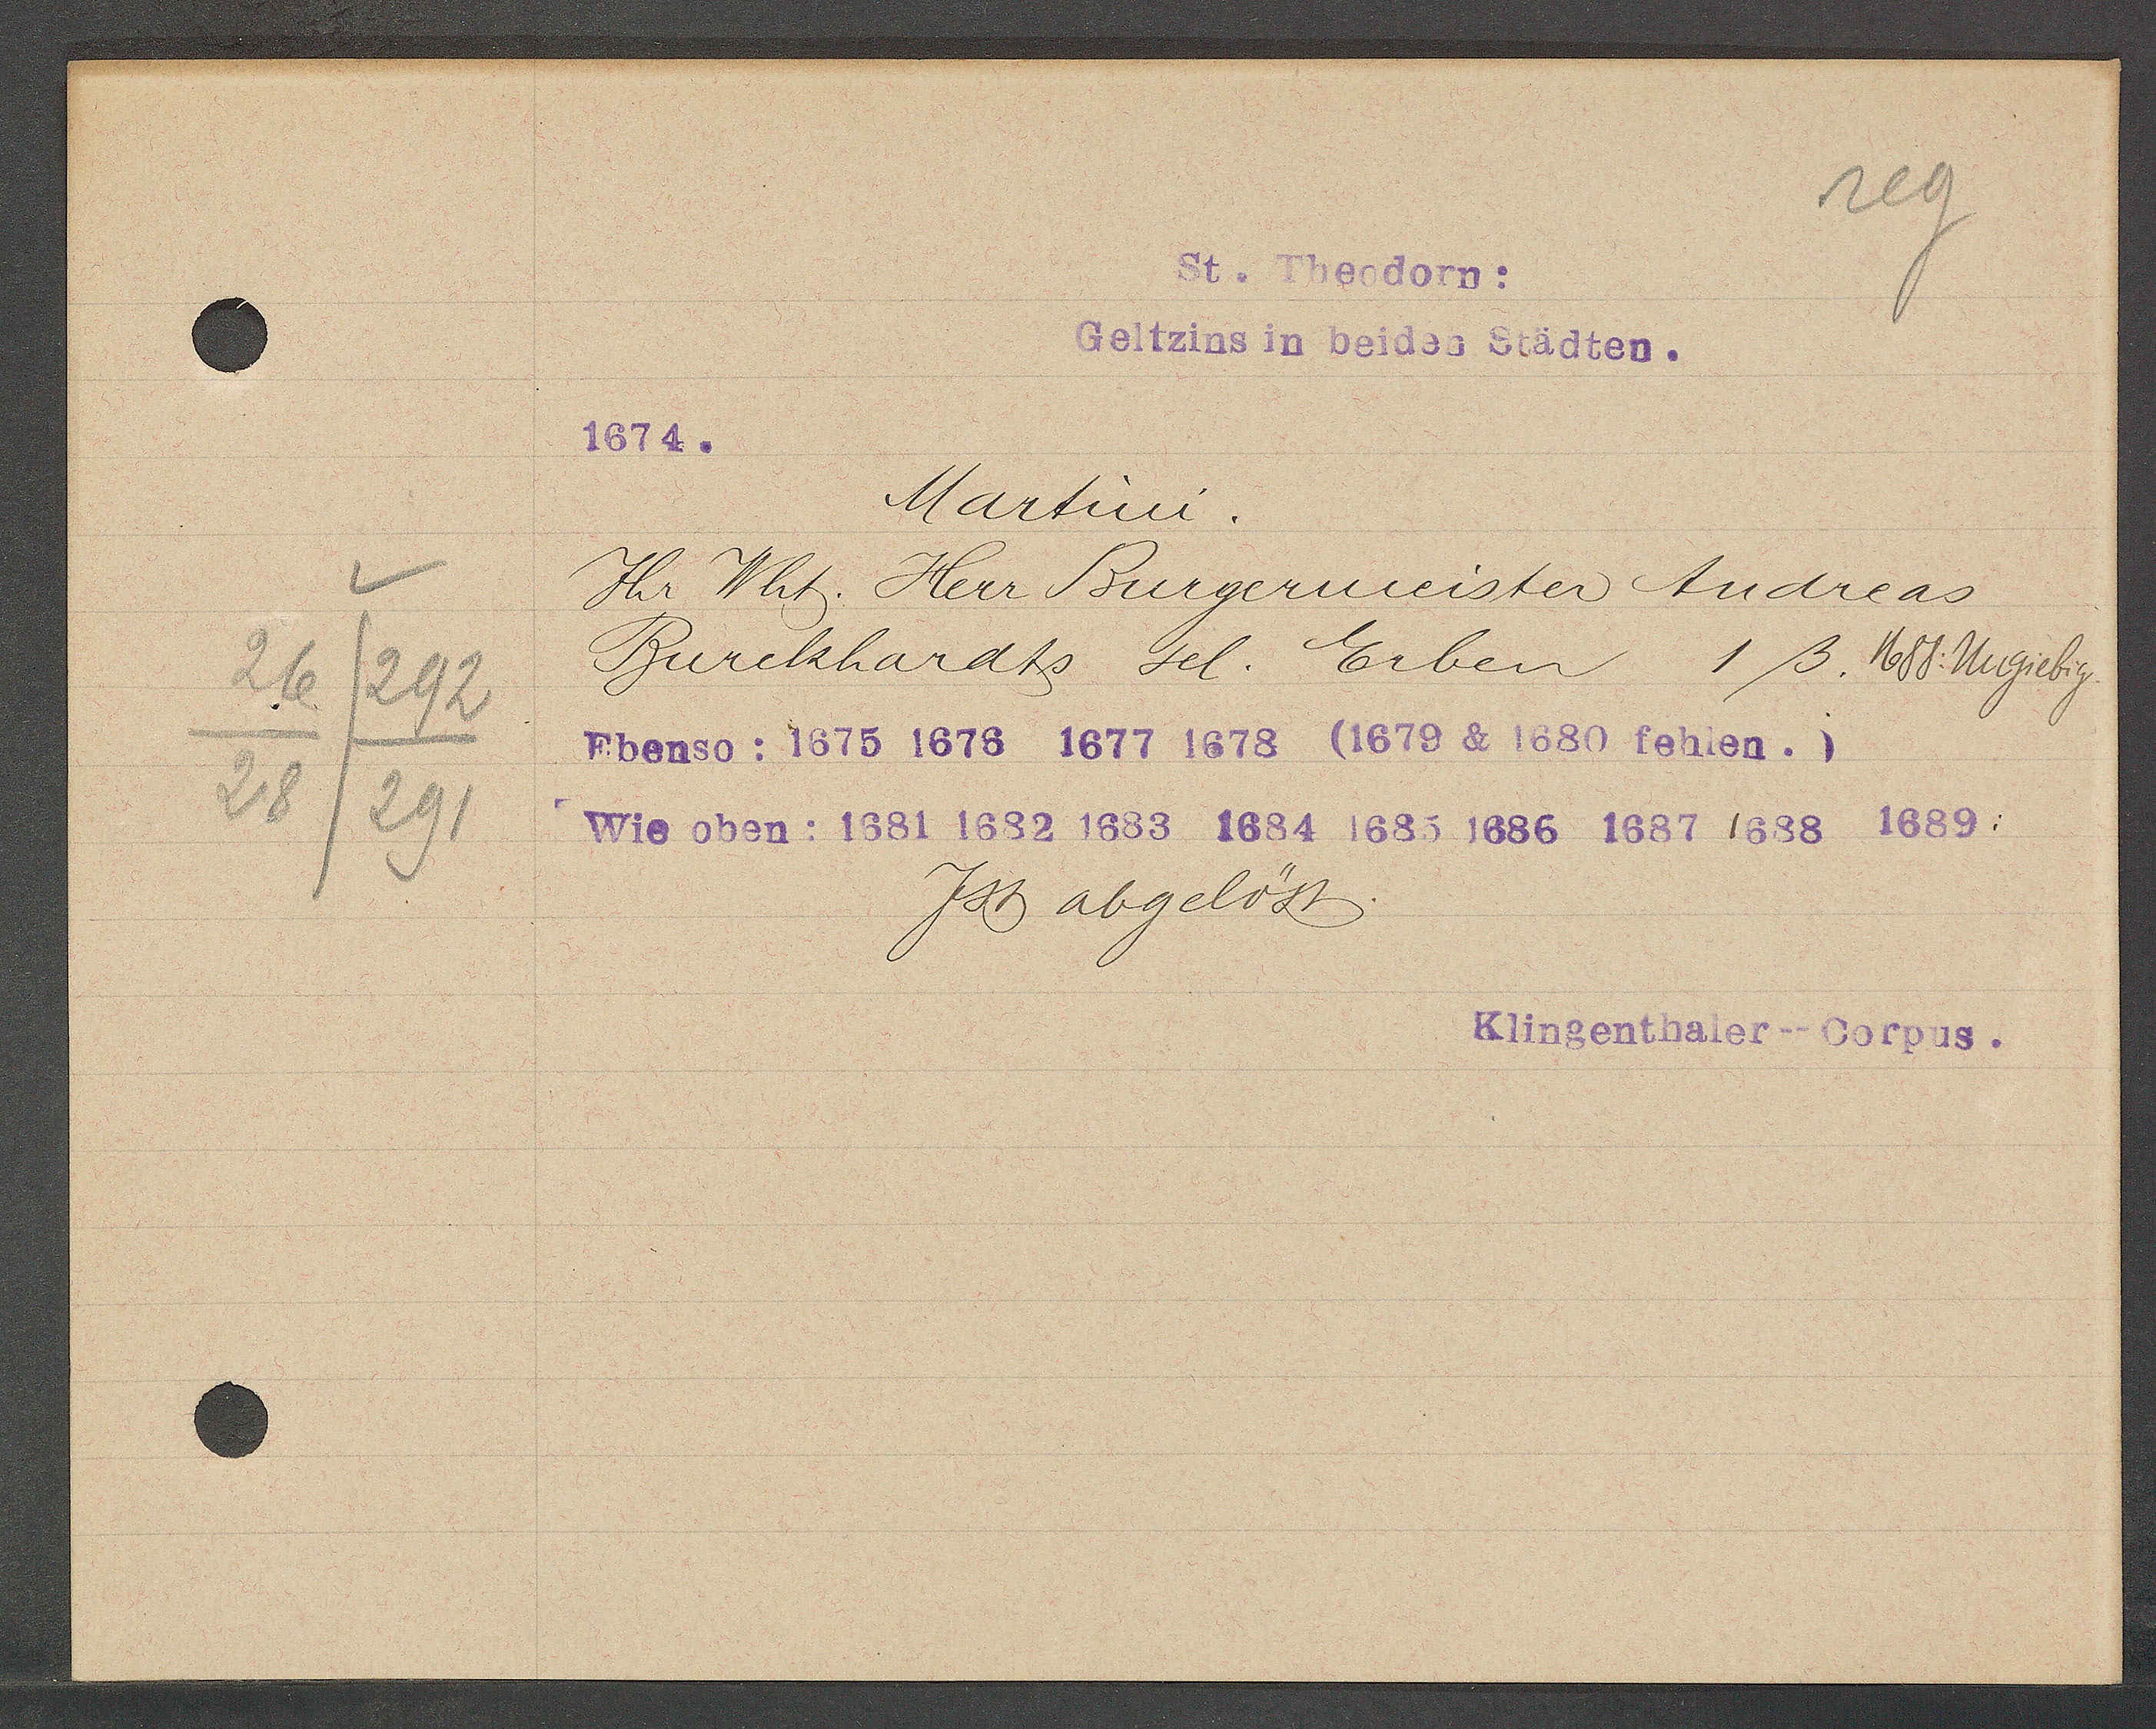
Transcript:
26/292
28/291

St. Theodorn:

Geltzins in beiden Städten.
1674.
Martini.
Ihr Wht. Herr Burgermeister Andreas
Burckhardts sel. Erben 1 ß. 1688: Nugiebig
Ebenso: 1675 1676 1677 1678 (1679 & 1680 fehlen.)
Wie oben: 1681 1682 1683 1684 1685 1686 1687 1688 1689:
Ist abgelöst.

Klingenthaler-Corpus.